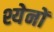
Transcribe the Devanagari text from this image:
श्येनों